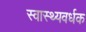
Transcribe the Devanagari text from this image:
स्‍वास्‍थ्‍यवर्धक